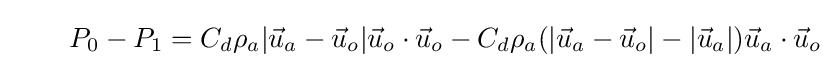
\qquad P_{0}-P_{1}=C_{d}\rho _{a}|{\vec {u}}_{a}-{\vec {u}}_{o}|{\vec {u}}_{o}\cdot {\vec {u}}_{o}-C_{d}\rho _{a}(|{\vec {u}}_{a}-{\vec {u}}_{o}|-|{\vec {u}}_{a}|){\vec {u}}_{a}\cdot {\vec {u}}_{o}